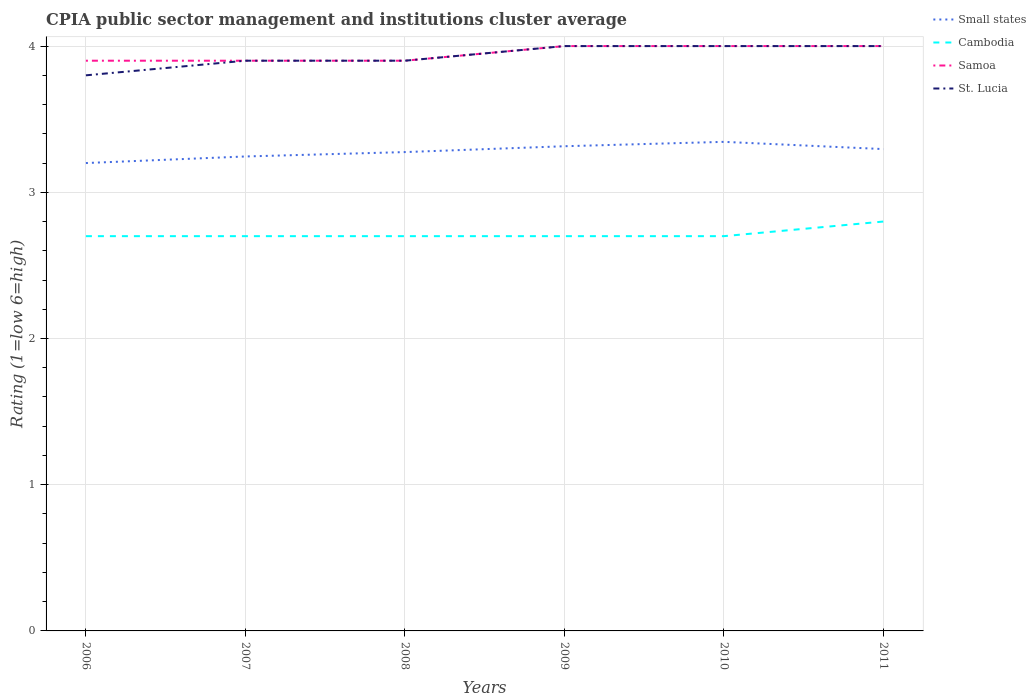
| Years | Small states | Cambodia | Samoa | St. Lucia |
 | --- | --- | --- | --- | --- |
 | 2006 | 3.2 | 2.7 | 3.9 | 3.8 |
 | 2007 | 3.25 | 2.7 | 3.9 | 3.9 |
 | 2008 | 3.27 | 2.7 | 3.9 | 3.9 |
 | 2009 | 3.31 | 2.7 | 4 | 4 |
 | 2010 | 3.35 | 2.7 | 4 | 4 |
 | 2011 | 3.3 | 2.8 | 4 | 4 |